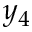
y _ { 4 }